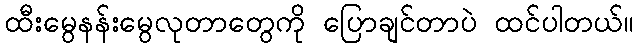
ထီးမွေနန်းမွေလုတာတွေကို ပြောချင်တာပဲ ထင်ပါတယ်။